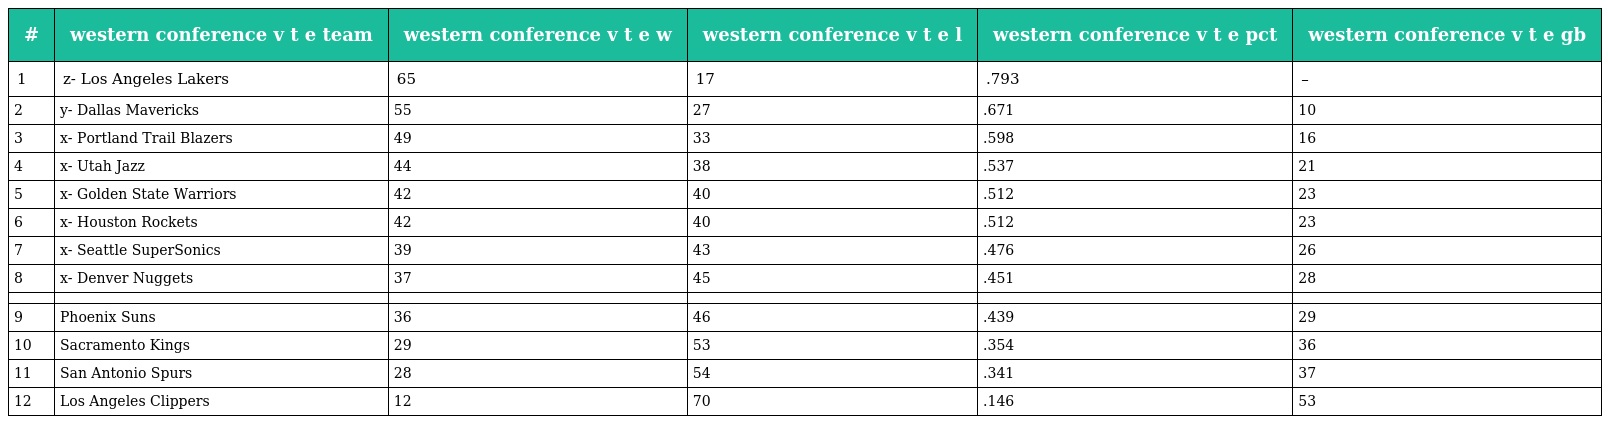
| # | western conference v t e team | western conference v t e w | western conference v t e l | western conference v t e pct | western conference v t e gb |
 | --- | --- | --- | --- | --- | --- |
 | 1 | z- Los Angeles Lakers | 65 | 17 | .793 | – |
 | 2 | y- Dallas Mavericks | 55 | 27 | .671 | 10 |
 | 3 | x- Portland Trail Blazers | 49 | 33 | .598 | 16 |
 | 4 | x- Utah Jazz | 44 | 38 | .537 | 21 |
 | 5 | x- Golden State Warriors | 42 | 40 | .512 | 23 |
 | 6 | x- Houston Rockets | 42 | 40 | .512 | 23 |
 | 7 | x- Seattle SuperSonics | 39 | 43 | .476 | 26 |
 | 8 | x- Denver Nuggets | 37 | 45 | .451 | 28 |
 |  |  |  |  |  |  |
 | 9 | Phoenix Suns | 36 | 46 | .439 | 29 |
 | 10 | Sacramento Kings | 29 | 53 | .354 | 36 |
 | 11 | San Antonio Spurs | 28 | 54 | .341 | 37 |
 | 12 | Los Angeles Clippers | 12 | 70 | .146 | 53 |